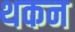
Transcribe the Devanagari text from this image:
थकन